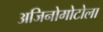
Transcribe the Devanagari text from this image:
अजिनोमोटोला